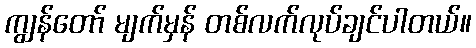
ကျွန်တော် မျက်မှန် တစ်လက်လုပ်ချင်ပါတယ်။